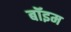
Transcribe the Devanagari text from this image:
बॉइम